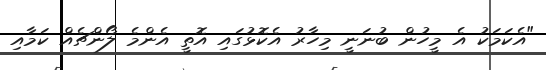
"އެކަމަކު އެ މީހުން ބުނަނީ މިހާރު އެކޮޅުގައި އޮތީ އެންމެ ލޯންޗެއް ކަމާއި